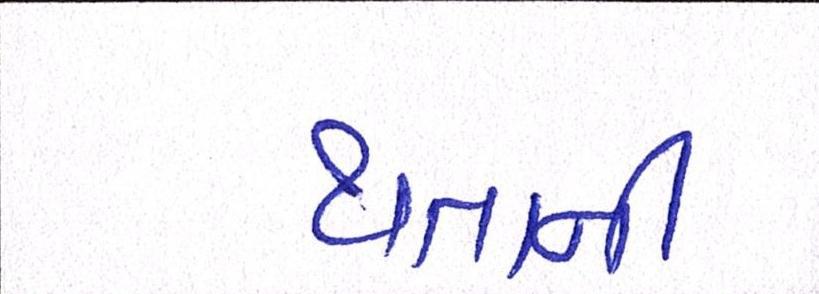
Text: થતાની